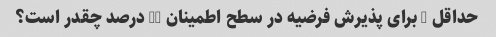
حداقل z برای پذیرش فرضیه در سطح اطمینان 95 درصد چقدر است؟